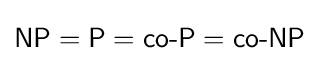
{\textsf {NP}}={\textsf {P}}={\textsf {co-P}}={\textsf {co-NP}}